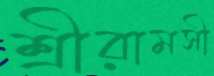
শ্রীরামসী